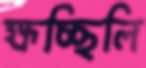
ক্ষচ্ছিলি